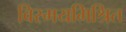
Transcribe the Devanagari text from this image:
विस्मयमिश्रित